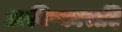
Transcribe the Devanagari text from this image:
आविष्कारादि